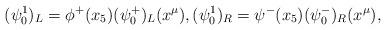
LaTeX: \begin{align*}(\psi^1_0)_L=\phi^+(x_5) (\psi_0^+)_L(x^\mu), (\psi^1_0)_R=\psi^-(x_5) (\psi_0^-)_R(x^\mu),\end{align*}